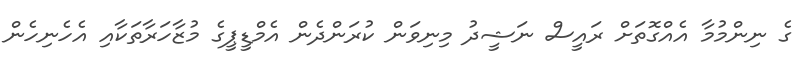
ގެ ނިންމުމާ އެއްގޮތަށް ރައީސް ނަޝީދު މިނިވަން ކުރަންދެން އެމްޑީޕީގެ މުޒާހަރާތަކާއި އެހެނިހެން